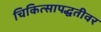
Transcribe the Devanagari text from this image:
चिकित्सापद्धतीवर